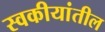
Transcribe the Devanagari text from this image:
स्वकीयांतील